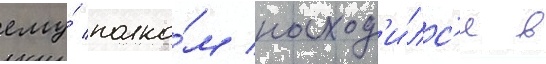
ему́ полко́м наход'и́лс'я в